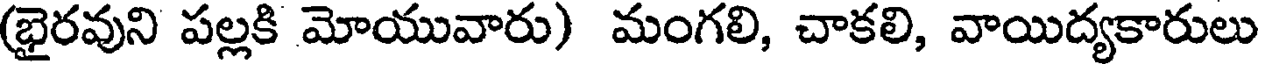
(భైరవుని పల్లకి మోయువారు) మంగలి, చాకలి, వాయిద్యకారులు